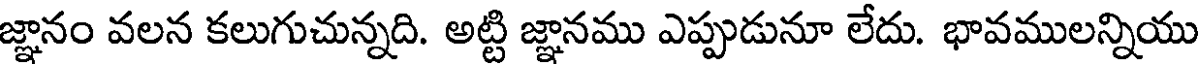
జ్ఞానం వలన కలుగుచున్నది. అట్టి జ్ఞానము ఎప్పుడునూ లేదు. భావములన్నియు